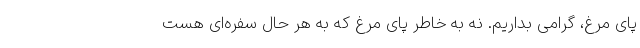
پای مرغ، گرامی بداریم. نه به خاطر پای مرغ که به هر حال سفره‌ای هست